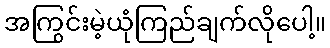
အကြွင်းမဲ့ယုံကြည်ချက်လိုပေါ့။